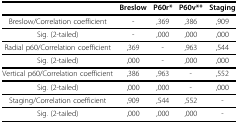
|  | Breslow | P60r* | P60v** | Staging |
 | --- | --- | --- | --- | --- |
 | Breslow/Correlation coefficient | - | ,369 | ,386 | ,909 |
 | Sig. (2-tailed) | - | ,000 | ,000 | ,000 |
 | Radial p60/Correlation coefficient | ,369 | - | ,963 | ,544 |
 | Sig. (2-tailed) | ,000 | - | ,000 | ,000 |
 | Vertical p60/Correlation coefficient | ,386 | ,963 | - | ,552 |
 | Sig. (2-tailed) | ,000 | ,000 | - | ,000 |
 | Staging/Correlation coefficient | ,909 | ,544 | ,552 | - |
 | Sig. (2-tailed) | ,000 | ,000 | ,000 | - |